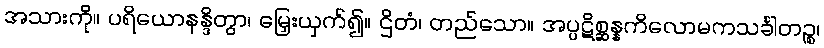
အသားကို။ ပရိယောနန္ဒိတွာ၊ မြှေးယှက်၍။ ဌိတံ၊ တည်သော။ အပ္ပဋိစ္ဆန္နကိလောမကသင်္ခါတဉ္စ၊